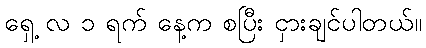
ရှေ့ လ ၁ ရက် နေ့က စပြီး ငှားချင်ပါတယ်။